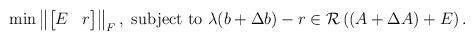
LaTeX: \begin{align*} \min \left\|\begin{bmatrix} E & r \\ \end{bmatrix}\right\|_F,\textrm{ subject to }\lambda (b+\Delta b)-r \in \mathcal{R}\left((A+\Delta A)+E\right).\end{align*}